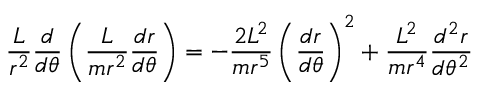
{ \frac { L } { r ^ { 2 } } } { \frac { d } { d \theta } } \left( { \frac { L } { m r ^ { 2 } } } { \frac { d r } { d \theta } } \right) = - { \frac { 2 L ^ { 2 } } { m r ^ { 5 } } } \left( { \frac { d r } { d \theta } } \right) ^ { 2 } + { \frac { L ^ { 2 } } { m r ^ { 4 } } } { \frac { d ^ { 2 } r } { d \theta ^ { 2 } } }